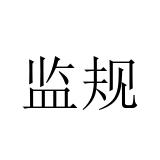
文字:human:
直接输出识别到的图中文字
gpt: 监规